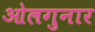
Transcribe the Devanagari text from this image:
ओलगुनार